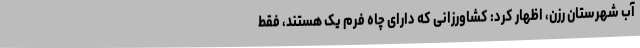
آب شهرستان رزن، اظهار کرد: کشاورزانی که دارای چاه فرم یک هستند، فقط